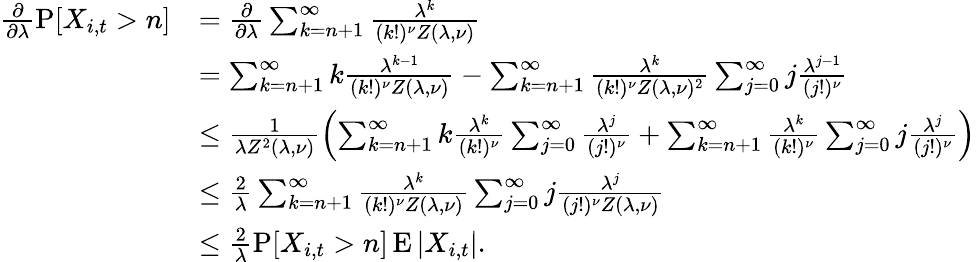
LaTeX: \begin{array}{rl}{\frac{\partial}{\partial\lambda}\operatorname{P}[X_{i,t}>n]}&{=\frac{\partial}{\partial\lambda}\sum_{k=n+1}^{\infty}\frac{\lambda^{k}}{(k!)^{\nu}Z(\lambda,\nu)}}\\ &{=\sum_{k=n+1}^{\infty}k\frac{\lambda^{k-1}}{(k!)^{\nu}Z(\lambda,\nu)}-\sum_{k=n+1}^{\infty}\frac{\lambda^{k}}{(k!)^{\nu}Z(\lambda,\nu)^{2}}\sum_{j=0}^{\infty}j\frac{\lambda^{j-1}}{(j!)^{\nu}}}\\ &{\leq\frac{1}{\lambda Z^{2}(\lambda,\nu)}\left(\sum_{k=n+1}^{\infty}k\frac{\lambda^{k}}{(k!)^{\nu}}\sum_{j=0}^{\infty}\frac{\lambda^{j}}{(j!)^{\nu}}+\sum_{k=n+1}^{\infty}\frac{\lambda^{k}}{(k!)^{\nu}}\sum_{j=0}^{\infty}j\frac{\lambda^{j}}{(j!)^{\nu}}\right)}\\ &{\leq\frac{2}{\lambda}\sum_{k=n+1}^{\infty}\frac{\lambda^{k}}{(k!)^{\nu}Z(\lambda,\nu)}\sum_{j=0}^{\infty}j\frac{\lambda^{j}}{(j!)^{\nu}Z(\lambda,\nu)}}\\ &{\leq\frac{2}{\lambda}\operatorname{P}[X_{i,t}>n]\operatorname{E}|X_{i,t}|.}\end{array}